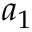
a _ { 1 }